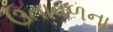
ઉતાવળના